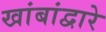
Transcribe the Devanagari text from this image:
खांबांद्वारे